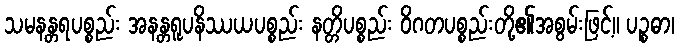
သမနန္တရပစ္စည်း အနန္တရူပနိဿယပစ္စည်း နတ္တိပစ္စည်း ဝိဂတပစ္စည်းတို့၏အစွမ်းဖြင့်။ ပဉ္စဓာ၊